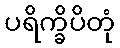
ပရိက္ခိပိတုံ